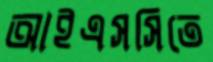
আইএসসিতে